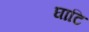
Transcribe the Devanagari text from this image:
घाटि